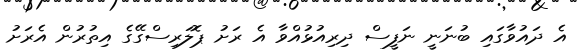
އެ ދައުވާގައި ބުނަނީ ނަފީސް ދިރިއުޅުއްވާ އެ ރަށު ޕޮލަރިސްގޭގެ އިތުރުން އެރަށު